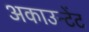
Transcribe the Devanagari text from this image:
अकाउन्टेंट